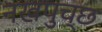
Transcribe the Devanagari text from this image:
नखपुच्छ